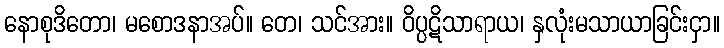
နောစုဒိတော၊ မစောဒနာအပ်။ တေ၊ သင်အား။ ဝိပ္ပဋိသာရာယ၊ နှလုံးမသာယာခြင်းငှာ။